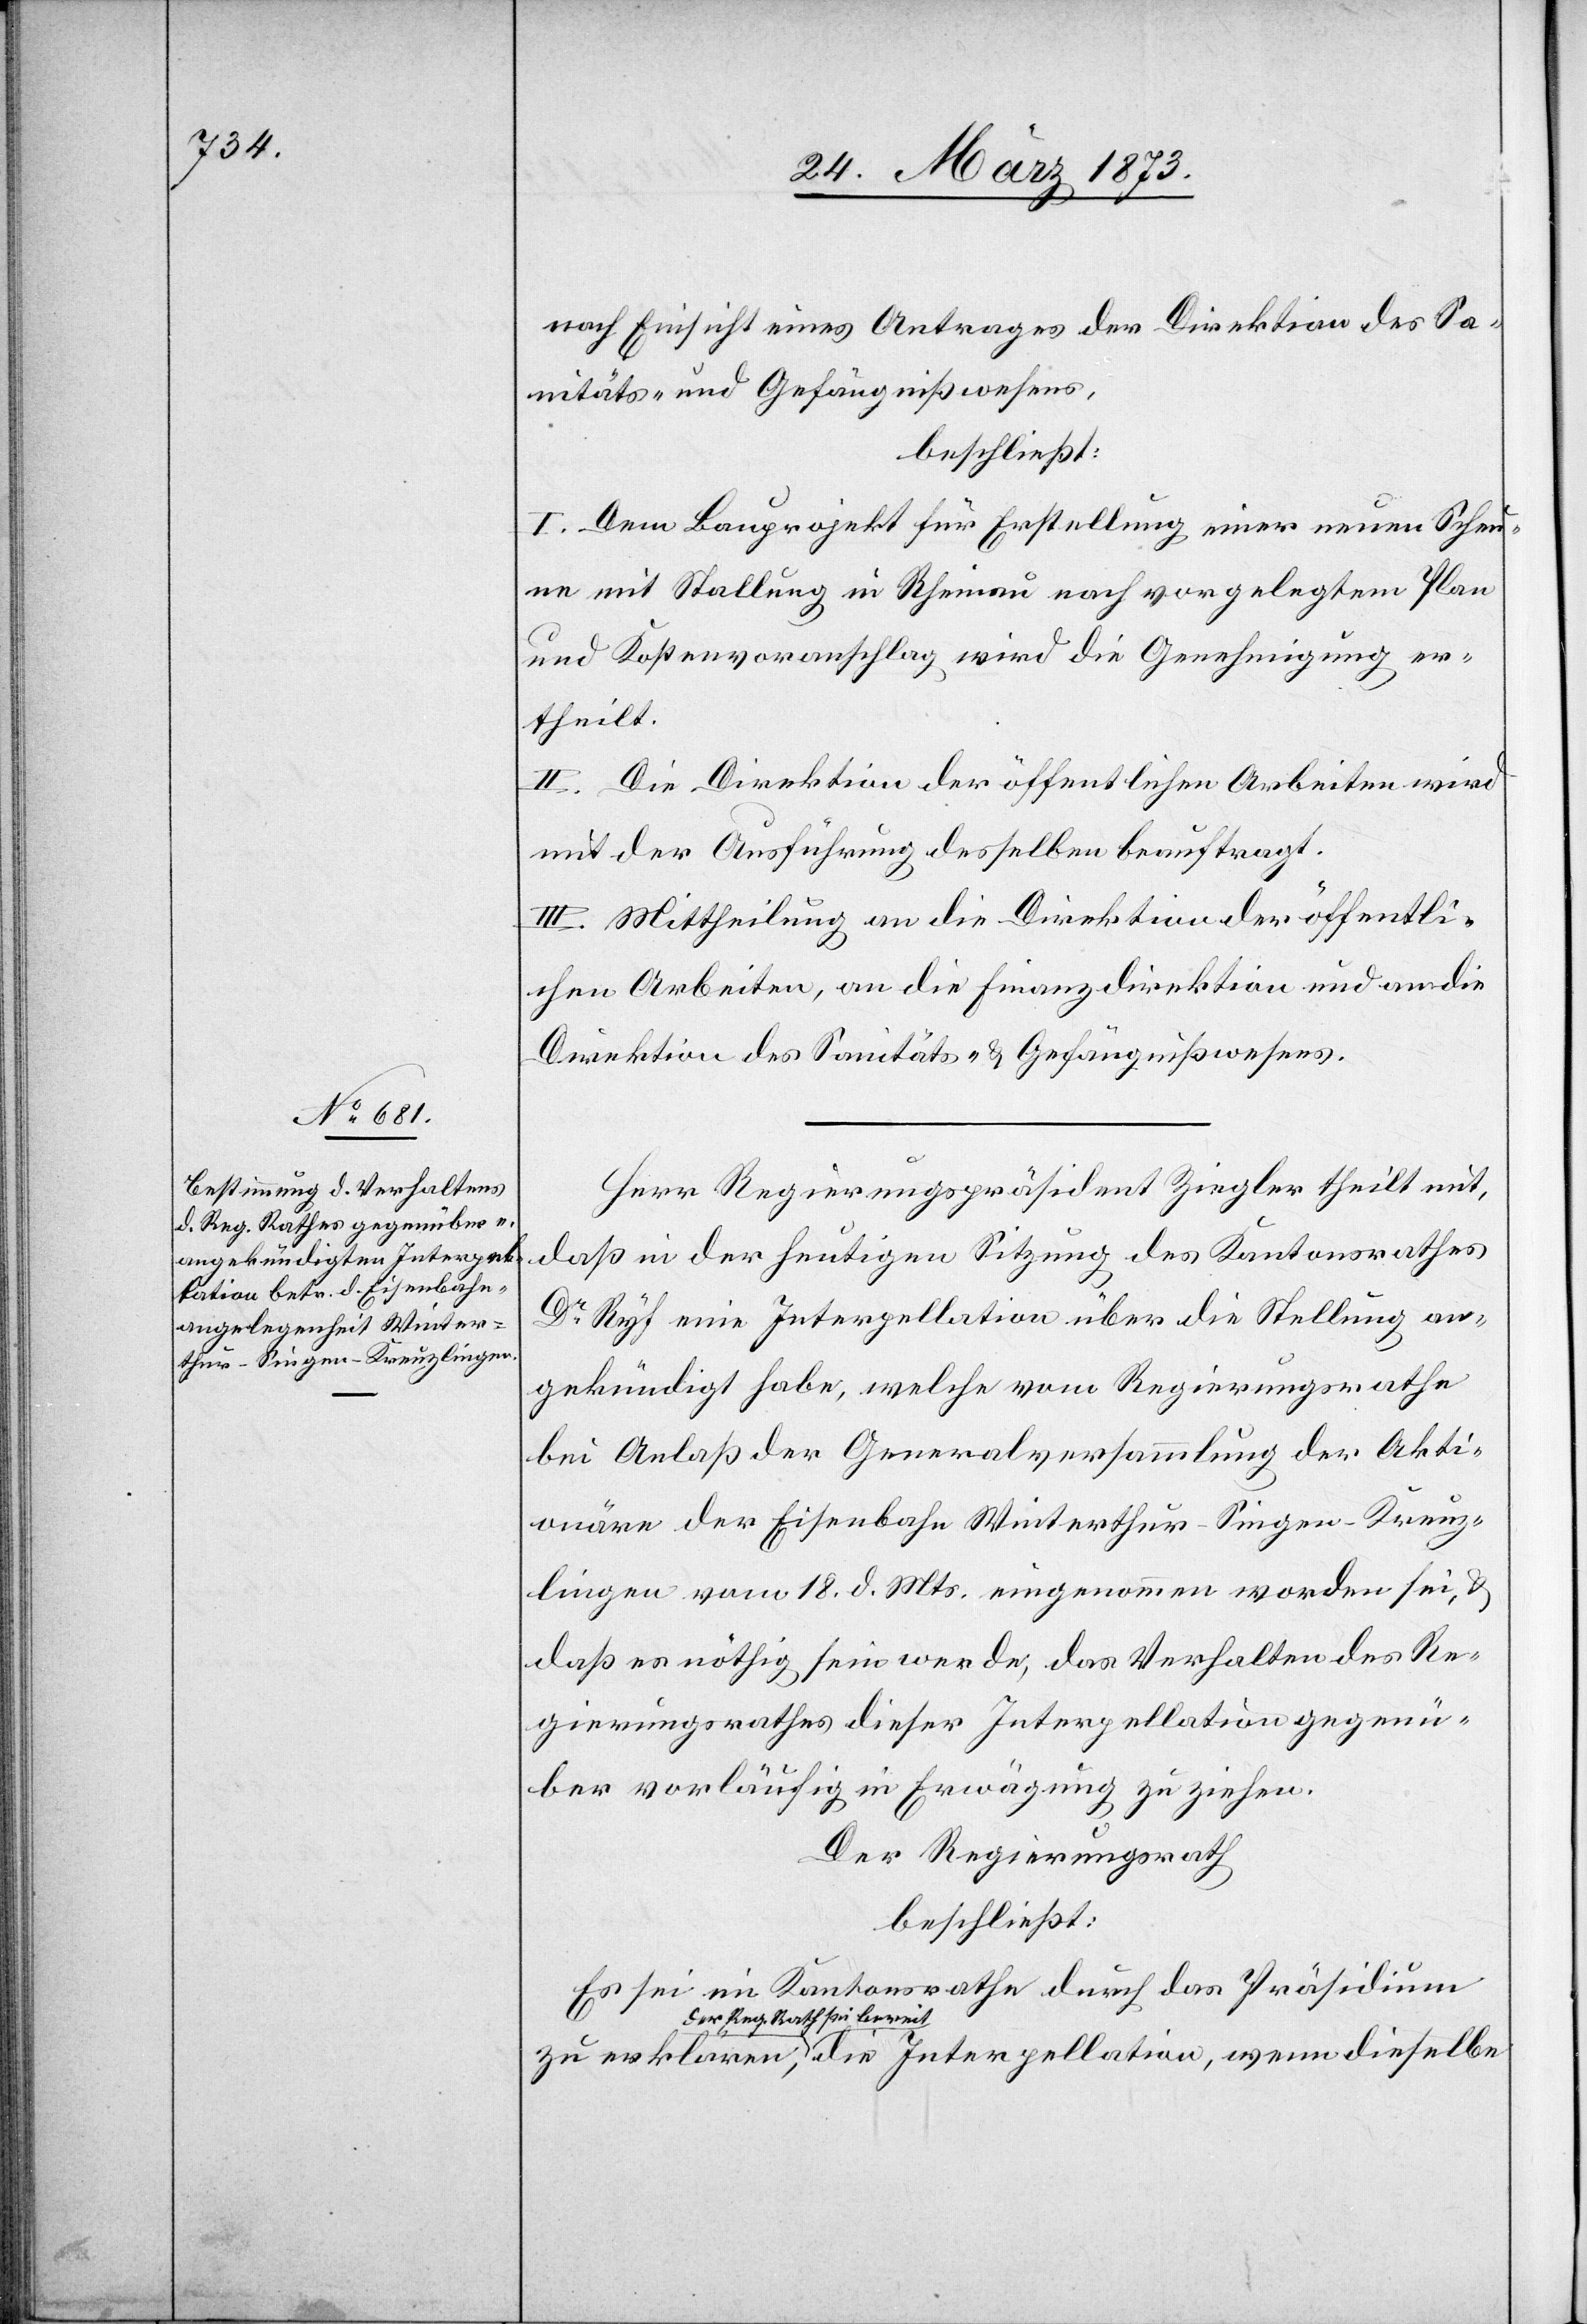
nach Einsicht eines Antrages der Direktion des Sa¬
nitäts- und Gefängnißwesens,
beschließt:
I. Dem Bauprojekt für Erstellung einer neuen Scheu¬
ne mit Stallung in Rheinau nach vorgelegtem Plan
und Kostenvoranschlag wird die Genehmigung er¬
theilt.
II. Die Direktion der öffentlichen Arbeiten wird
unter der Ausführung desselben beauftragt.
III. Mittheilung an die Direktion der öffentli¬
chen Arbeiten, an die Finanzdirektion und an die
Direktion des Sanitäts- u. Gefängnißwesens.
Herr Regierungspräsident Ziegler theilt mit,
daß in der heutigen Sitzung des Kantonsrathes
Dr Ryf eine Interpellation über die Stellung an¬
gekündigt habe, welche vom Regierungsrathe
bei Anlaß der Generalversammlung der Akti¬
onäre der Eisenbahn Winterthur–Singen–Kreuz¬
lingen vom 18. d. Mts. eingenommen worden sei, u.
daß es nöthig sein werde, das Verhalten des Re¬
gierungsrathes dieser Interpellation gegenü¬
ber vorläufig in Erwägung zu ziehen.
der Regierungsrath
beschließt:
Es sei ein Kantonsrathe durch das Präsidium
zu